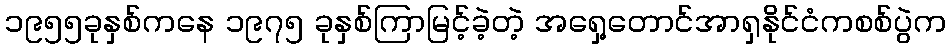
၁၉၅၅ခုနှစ်ကနေ ၁၉၇၅ ခုနှစ်ကြာမြင့်ခဲ့တဲ့ အရှေ့တောင်အာရှနိုင်ငံကစစ်ပွဲက